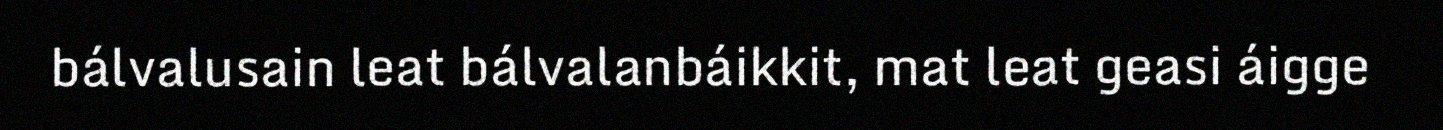
bálvalusain leat bálvalanbáikkit, mat leat geasi áigge